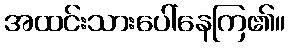
အထင်းသားပေါ်နေကြ၏။